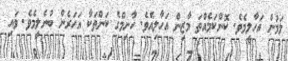
ލަމުން އަހާލީމެވެ. ކޮންކަމެއްތަ މާޒިން އަހާލިއެވެ. ހާނިމްގެ ކަންތަކާ އަހަރެން ބުނެލީމެވެ. ވައި